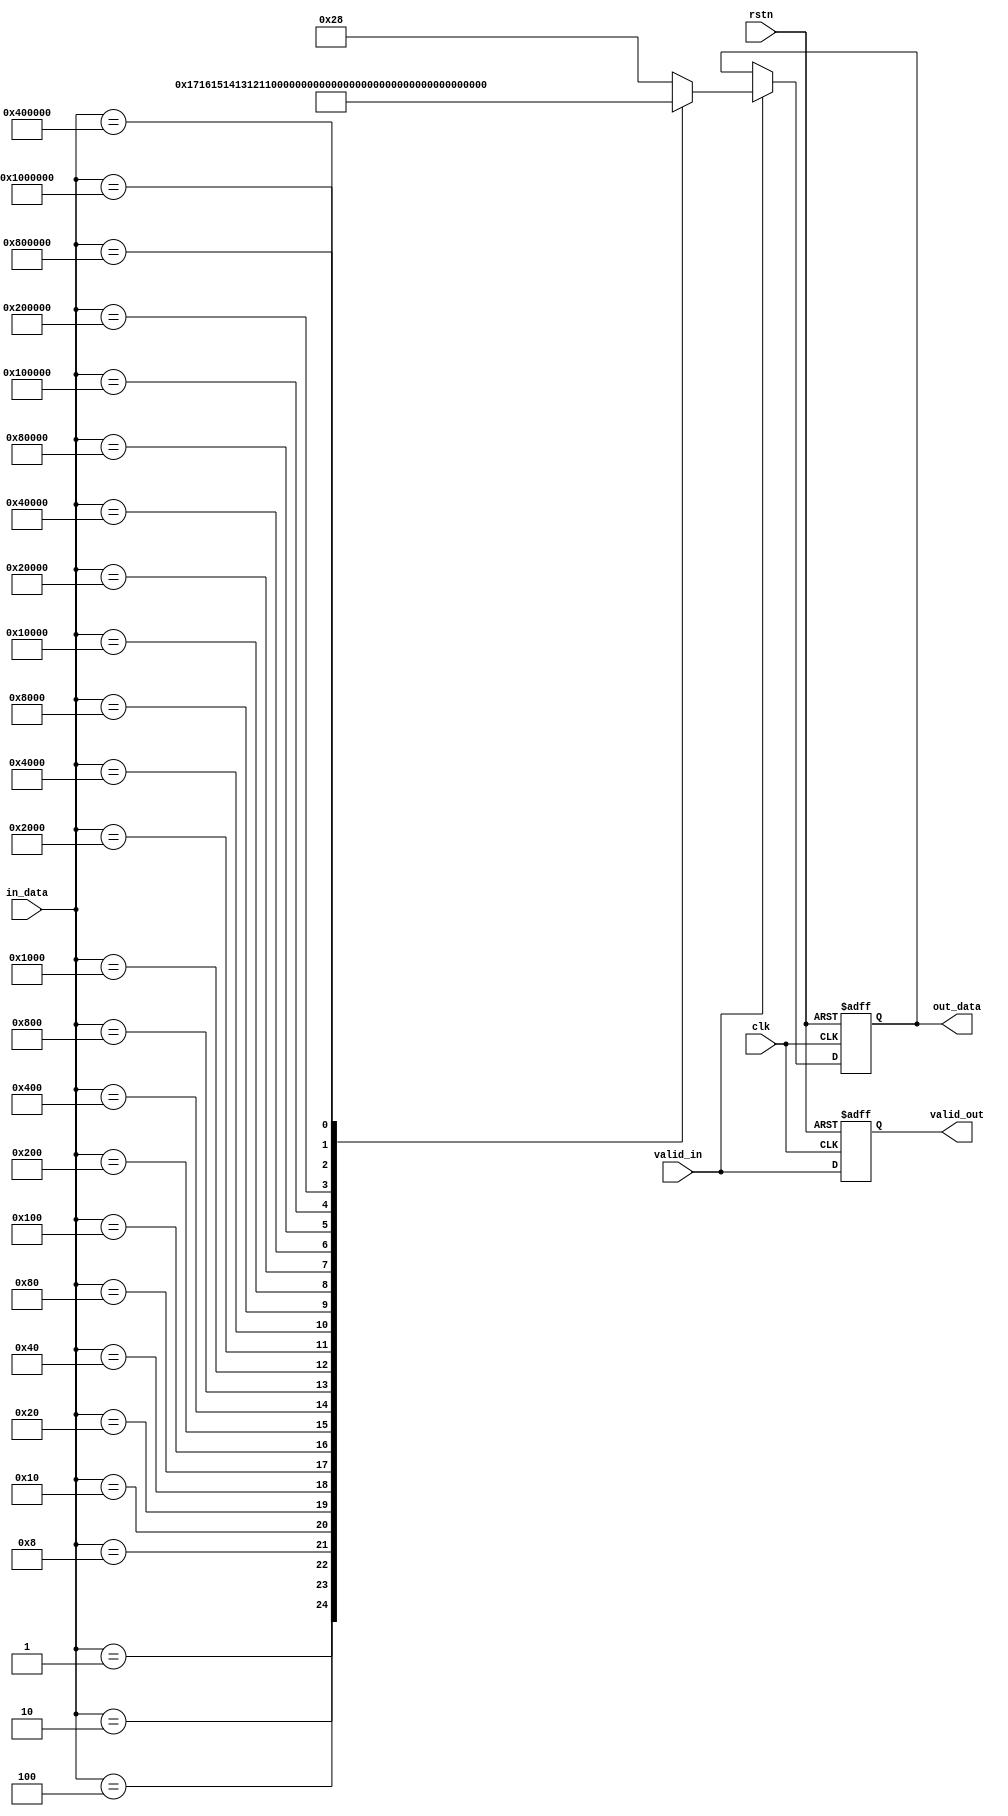
`timescale 1ns / 1ps
//////////////////////////////////////////////////////////////////////////////////
// Company: 
// Engineer: 
// 
// Design Name: 
// Module Name: encoder_25_for_floating_point32
// Project Name: 
// Target Devices: 
// Tool Versions: 
// Description: 
// 
// Dependencies: 
// 
// Revision:
// Revision 0.01 - File Created
// Additional Comments:
// 
//////////////////////////////////////////////////////////////////////////////////


module encoder_25_for_floating_point32 // 1 CLOCK
(
    input               clk, rstn, valid_in,
    input       [24:0]  in_data,
//    input               valid_in_init,
//    input       [24:0]  in_data_init,
    output  reg         valid_out,
    output  reg [7:0]   out_data
);
    
//    reg         [24:0]  in_data;
//    reg                 valid_in;

//    always @ (posedge clk or negedge rstn) begin
//        if (!rstn) begin
//            in_data     <=  'b0;
//            valid_in    <=  'b0;
//        end
//        else begin
//            valid_in    <=  valid_in_init;
//            in_data     <=  in_data_init;
//        end
//    end

    always @ (posedge clk or negedge rstn) begin
        if (!rstn) begin
            out_data    <=  'b0;
            valid_out   <=  'b0;
        end
        else begin
            valid_out   <=  valid_in;
            if (valid_in) begin
                case (in_data)
                    // SHIFT LEFT 23
                    25'h0_000_001:  out_data  <=  8'd23;
                    25'h0_000_002:  out_data  <=  8'd22;
                    25'h0_000_004:  out_data  <=  8'd21;
                    25'h0_000_008:  out_data  <=  8'd20;
                      
                    25'h0_000_010:  out_data  <=  8'd19;
                    25'h0_000_020:  out_data  <=  8'd18;
                    25'h0_000_040:  out_data  <=  8'd17;
                    25'h0_000_080:  out_data  <=  8'd16;
                    
                    25'h0_000_100:  out_data  <=  8'd15;
                    25'h0_000_200:  out_data  <=  8'd14;
                    25'h0_000_400:  out_data  <=  8'd13;
                    25'h0_000_800:  out_data  <=  8'd12;
                    
                    25'h0_001_000:  out_data  <=  8'd11;
                    25'h0_002_000:  out_data  <=  8'd10;
                    25'h0_004_000:  out_data  <=  8'd9;
                    25'h0_008_000:  out_data  <=  8'd8;
                      
                    25'h0_010_000:  out_data  <=  8'd7;
                    25'h0_020_000:  out_data  <=  8'd6;
                    25'h0_040_000:  out_data  <=  8'd5;
                    25'h0_080_000:  out_data  <=  8'd4;
                    
                    25'h0_100_000:  out_data  <=  8'd3;
                    25'h0_200_000:  out_data  <=  8'd2;
                    25'h0_400_000:  out_data  <=  8'd1;
                    25'h0_800_000:  out_data  <=  8'd0;
                    
                    25'h1_000_000:  out_data  <=  8'h80;
                    
                    default:        out_data  <=  8'd40;
                endcase
            end
            else begin
                out_data    <=  out_data;
            end
        end
    end
endmodule